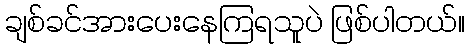
ချစ်ခင်အားပေးနေကြရသူပဲ ဖြစ်ပါတယ်။